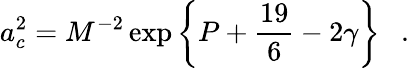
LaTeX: a_{c}^{2}=M^{-2}\exp\left\{ P+{\frac{19}{6}}-2\gamma\right\} ~~~.